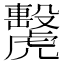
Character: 𧈗